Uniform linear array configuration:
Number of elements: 12
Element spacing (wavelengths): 1
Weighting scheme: blackman
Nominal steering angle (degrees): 0
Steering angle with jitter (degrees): -1.111
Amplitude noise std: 0.05
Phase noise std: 0.05

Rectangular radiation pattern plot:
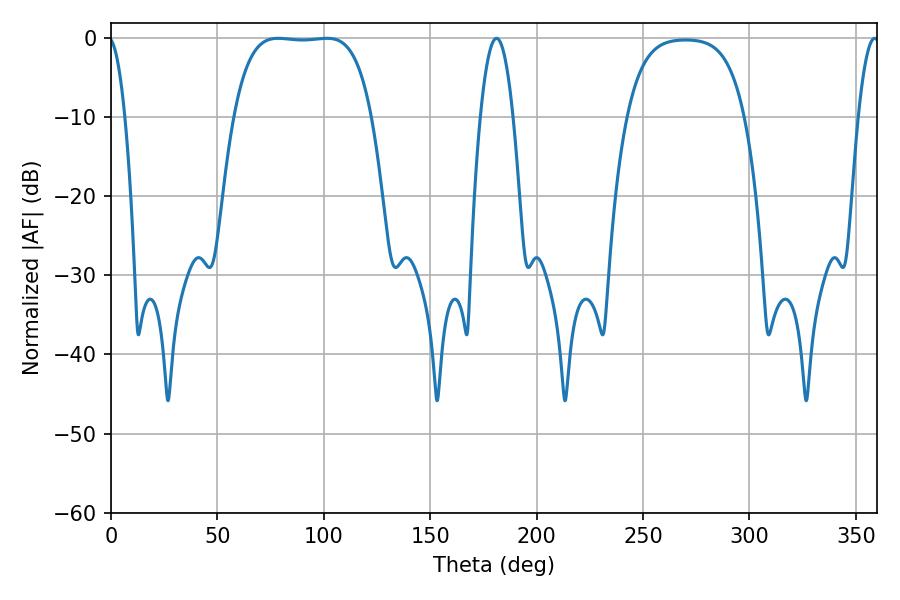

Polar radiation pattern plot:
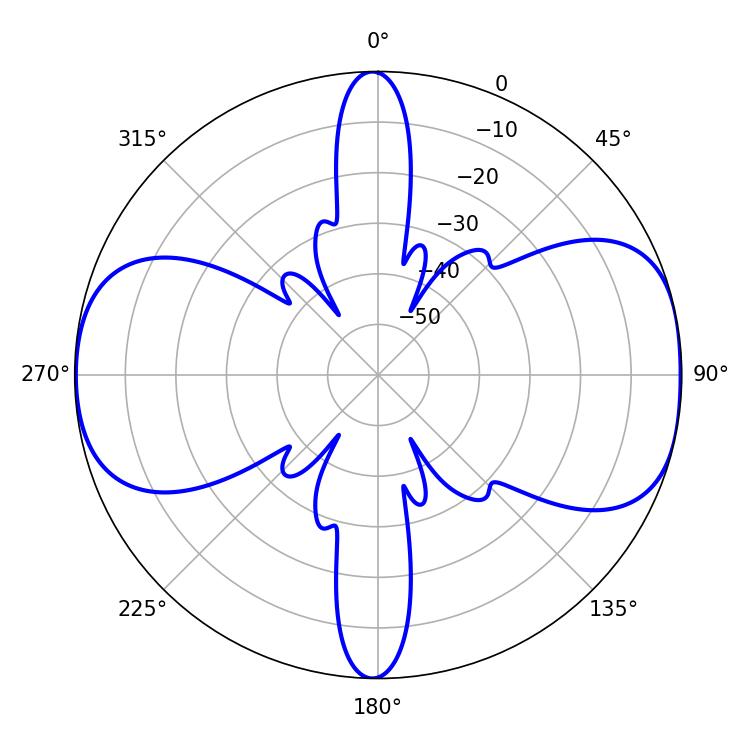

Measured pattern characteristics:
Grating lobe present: TRUE
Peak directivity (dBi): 9.77
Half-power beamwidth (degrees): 50.4
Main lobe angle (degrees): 78.48